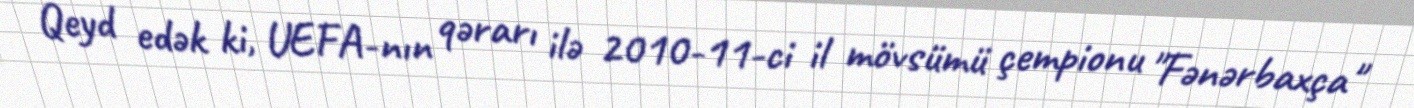
Qeyd edək ki, UEFA-nın qərarı ilə 2010-11-ci il mövsümü çempionu "Fənərbaxça"